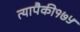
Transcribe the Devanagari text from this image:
त्यापैकी१७५